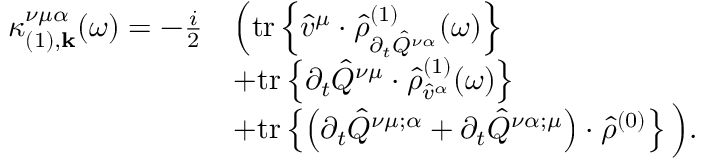
\begin{array} { r l } { \kappa _ { ( 1 ) , \mathbf { k } } ^ { \nu \mu \alpha } ( \omega ) = - \frac { i } { 2 } } & { \Big ( \mathrm { t r } \left\{ \hat { v } ^ { \mu } \cdot \hat { \rho } _ { \partial _ { t } \hat { Q } ^ { \nu \alpha } } ^ { ( 1 ) } ( \omega ) \right\} } \\ & { + \mathrm { t r } \left\{ \partial _ { t } \hat { Q } ^ { \nu \mu } \cdot \hat { \rho } _ { \hat { v } ^ { \alpha } } ^ { ( 1 ) } ( \omega ) \right\} } \\ & { + \mathrm { t r } \left\{ \left( \partial _ { t } \hat { Q } ^ { \nu \mu ; \alpha } + \partial _ { t } \hat { Q } ^ { \nu \alpha ; \mu } \right) \cdot \hat { \rho } ^ { ( 0 ) } \right\} \Big ) \mathrm { . } } \end{array}